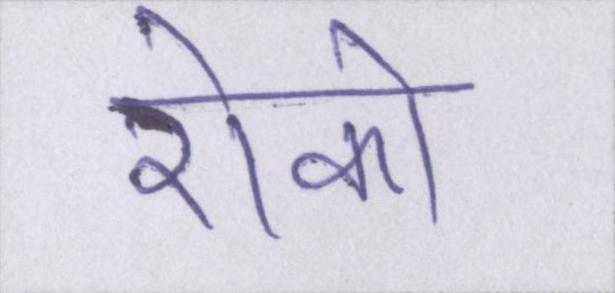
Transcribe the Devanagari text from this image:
रोको